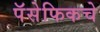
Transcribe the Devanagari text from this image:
पॅसेफिकचे